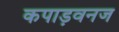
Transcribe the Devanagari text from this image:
कपाड़वनज